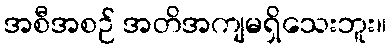
အစီအစဉ် အတိအကျမရှိသေးဘူး။